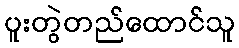
ပူးတွဲတည်ထောင်သူ